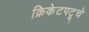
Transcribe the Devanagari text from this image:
क्रिकेटपटूचे